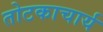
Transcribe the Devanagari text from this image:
तोटकाचार्य